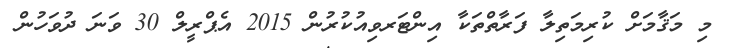
މި މަޤާމަށް ކުރިމަތިލާ ފަރާތްތަކާ އިންޓަރވިއުކުރުން 2015 އެޕްރީލް 30 ވަނަ ދުވަހުން